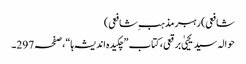
شافعی)رہبر مذہب ِشافعی)
حوالہ سید یحییٰ برقعی، کتاب ”چکیدہ اندیشہ ہا“،صفحہ297۔